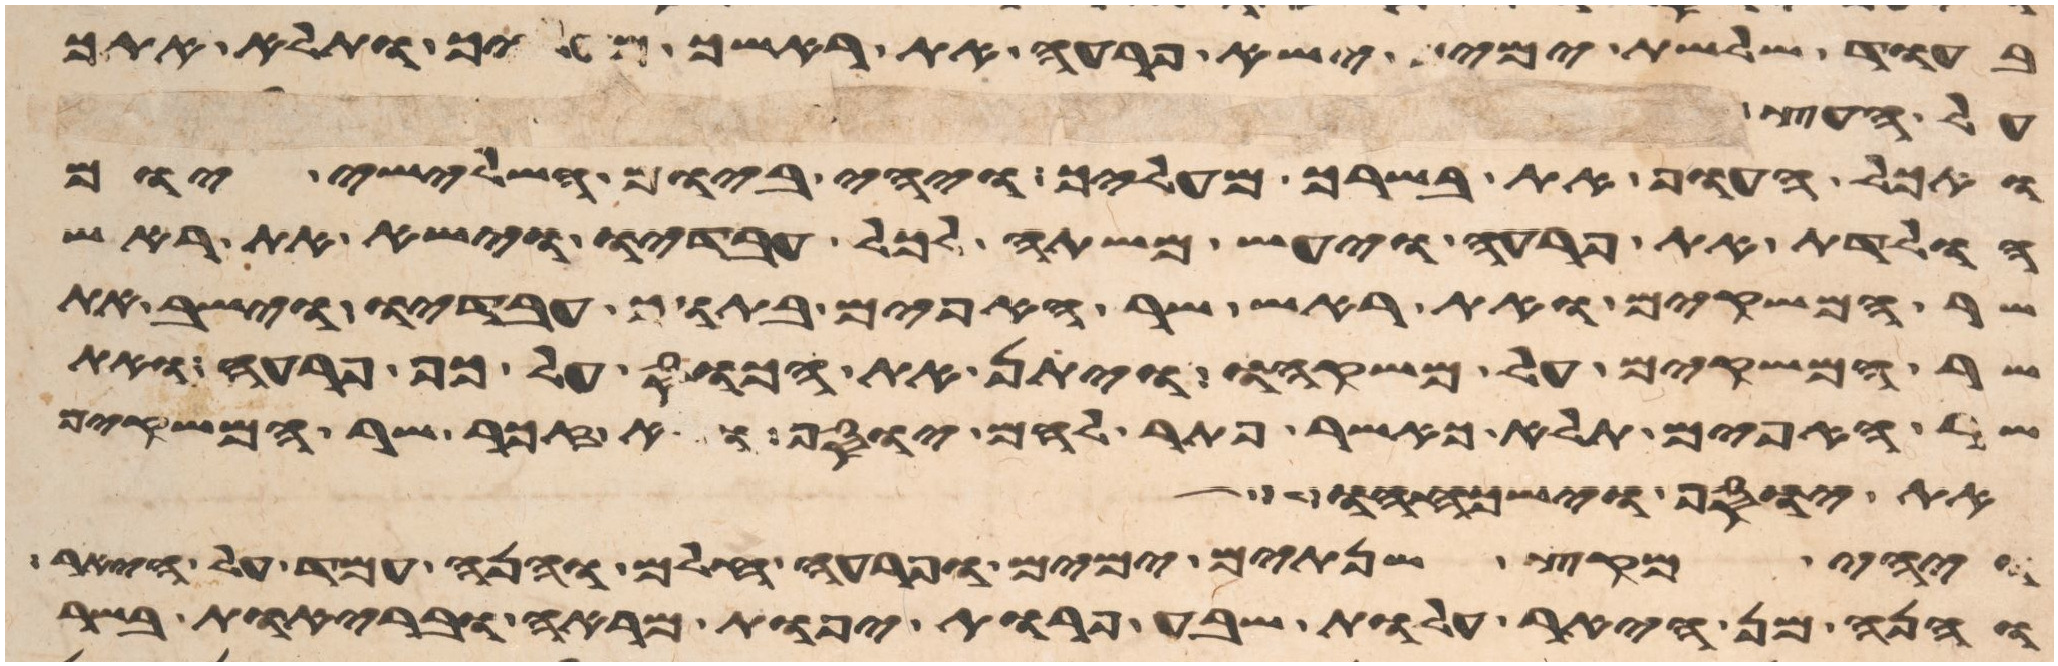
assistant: בעוד שלשת ימים ישא פרעה את ראשך מעליך ותלא אתך
על העץ
ואכל העוף את בשרך מעליך ויהי ביום השלישי יום
הולדת את פרעה ויעש משתה לכל עבדיו וישא את ראש
שר המשקים ואת ראש שר האפים בתוך עבדיו וישב את
שר המשקים על משקהו ויתן את הכוס על כף פרעה ואת
שר האפים תלא כאשר פתר להם יוסף ולא זכר שר המשקים
את יוסף וישכחהו
ויהי מקץ שנתים ימים ופרעה חלם והנה עמד על היאר
והנה מן היאר עלות שבע פרות יפות מראה ובריות בשר